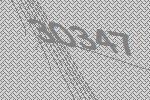
30347